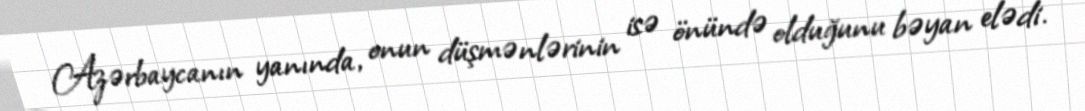
Azərbaycanın yanında, onun düşmənlərinin isə önündə olduğunu bəyan elədi.